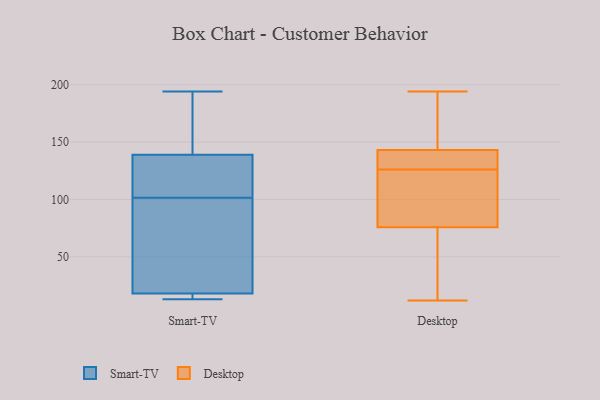
{"axis": {"x": "Demand Index", "y": "Value"}, "legend": ["Desktop", "Smart-TV"], "data": [{"x": "", "y": 97, "type": "Smart-TV"}, {"x": "", "y": 194, "type": "Smart-TV"}, {"x": "", "y": 13, "type": "Smart-TV"}, {"x": "", "y": 106, "type": "Smart-TV"}, {"x": "", "y": 128, "type": "Smart-TV"}, {"x": "", "y": 139, "type": "Smart-TV"}, {"x": "", "y": 18, "type": "Smart-TV"}, {"x": "", "y": 79, "type": "Smart-TV"}, {"x": "", "y": 18, "type": "Smart-TV"}, {"x": "", "y": 153, "type": "Smart-TV"}, {"x": "", "y": 140, "type": "Desktop"}, {"x": "", "y": 144, "type": "Desktop"}, {"x": "", "y": 147, "type": "Desktop"}, {"x": "", "y": 85, "type": "Desktop"}, {"x": "", "y": 60, "type": "Desktop"}, {"x": "", "y": 194, "type": "Desktop"}, {"x": "", "y": 12, "type": "Desktop"}, {"x": "", "y": 94, "type": "Desktop"}, {"x": "", "y": 46, "type": "Desktop"}, {"x": "", "y": 129, "type": "Desktop"}, {"x": "", "y": 126, "type": "Desktop"}, {"x": "", "y": 114, "type": "Desktop"}, {"x": "", "y": 134, "type": "Desktop"}, {"x": "", "y": 128, "type": "Desktop"}, {"x": "", "y": 189, "type": "Desktop"}, {"x": "", "y": 144, "type": "Desktop"}, {"x": "", "y": 78, "type": "Desktop"}, {"x": "", "y": 75, "type": "Desktop"}, {"x": "", "y": 24, "type": "Desktop"}]}